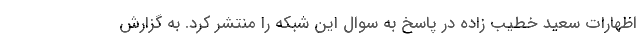
اظهارات سعید خطیب زاده در پاسخ به سوال این شبکه را منتشر کرد. به گزارش